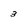
Character: 3